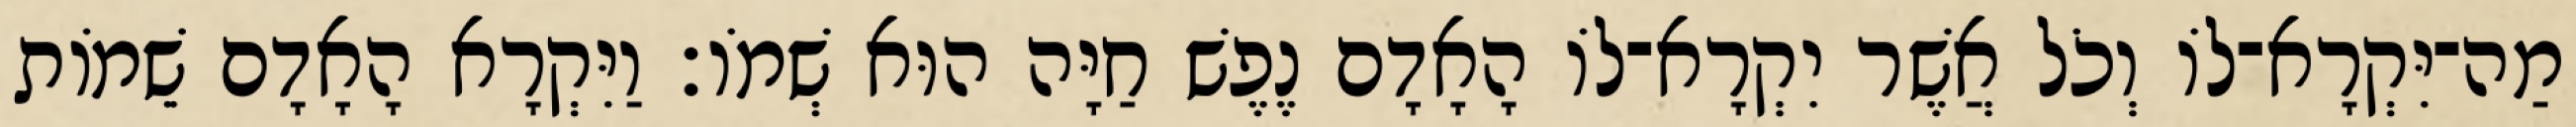
מַה־יִּקְרָא־לֹו וְכֹל אֲשֶׁר יִקְרָא־לֹו הָאָדָם נֶפֶשׁ חַיָּה הוּא שְׁמֹו׃ וַיִּקְרָא הָאָדָם שֵׁמֹות